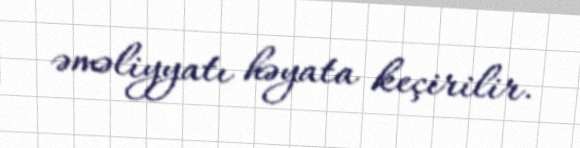
əməliyyatı həyata keçirilir.